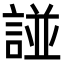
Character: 諩